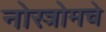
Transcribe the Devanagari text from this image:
नोस्त्रोमचे